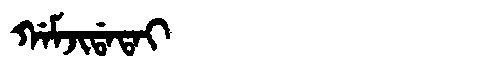
Manchu: ᡤᠠᠮᠵᡳᡩᠠᡨᠠᡳ
Romanization: GAMJIDATAI